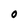
Character: O